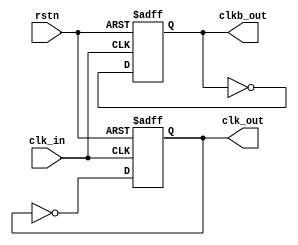
module clk_divider(/*AUTOARG*/
   // Outputs
   clk_out, clkb_out,
   // Inputs
   rstn, clk_in
   );

   input rstn;
   input clk_in;
   output clk_out;
   output clkb_out;

   reg 	 clk_out;
   reg   clkb_out;
   
   always @(posedge clk_in or negedge rstn) begin
      if (rstn == 1'b0) begin
	 clk_out <= 1'b0;
         clkb_out <= 1'b1;
      end
      else begin
	 clk_out <= ~clk_out;
	 clkb_out <= ~clkb_out;
      end
   end
   
endmodule